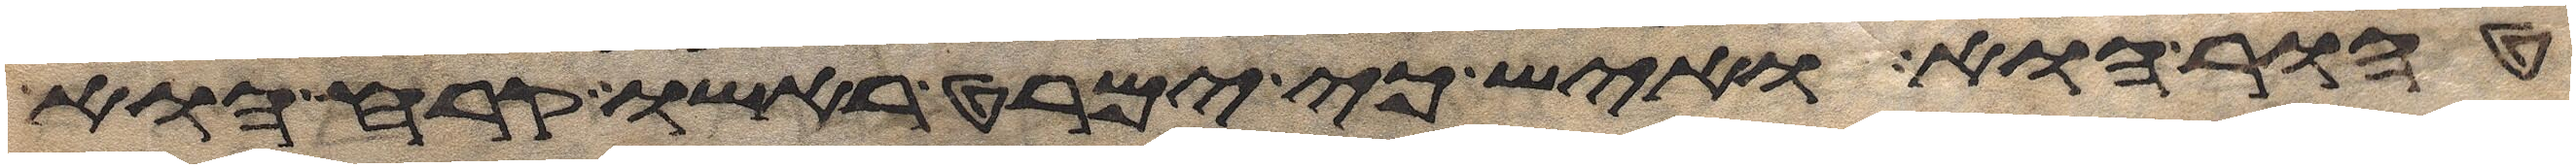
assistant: טהור הוא ואיש כי ימרט ראשו קרח הוא